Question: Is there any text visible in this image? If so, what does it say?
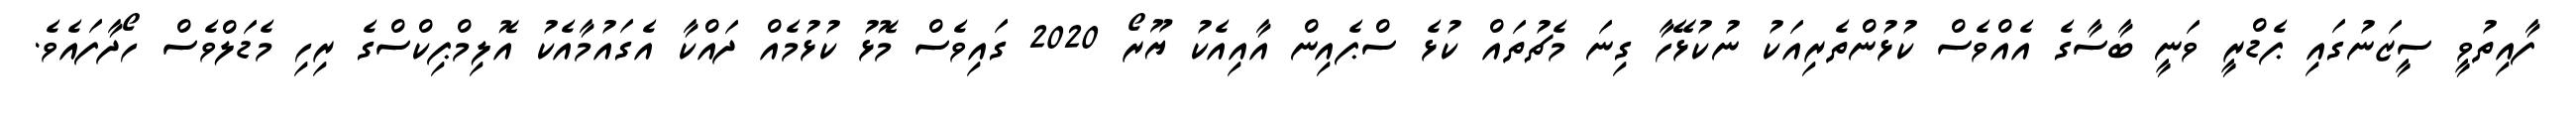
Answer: ފާއިތުވީ ސީޒަނުގައި ޕެޑްރީ ވަނީ ބާސާގެ އެއްވެސް ކުޅުންތެރިއަކު ނުކުޅޭހާ ގިނަ މެޗުތައް ކުޅެ ސްޕެއިން އާއިއެކު ޔޫރޯ 2020 ގައިވެސް މޮޅު ކުޅުމެއް ދައްކާ އެގައުމާއެކު އޮލިމްޕިކްސްގެ ރިހި މެޑަލްވެސް ހޯދާފައެވެ.